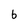
Character: b